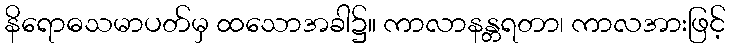
နိရောဓသမာပတ်မှ ထသောအခါ၌။ ကာလာနန္တရတာ၊ ကာလအားဖြင့်